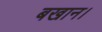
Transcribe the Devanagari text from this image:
बखान।